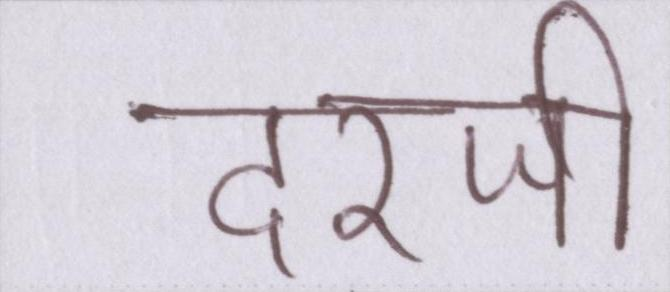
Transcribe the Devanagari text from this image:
दरजी